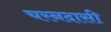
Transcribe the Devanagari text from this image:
चरनदासी